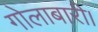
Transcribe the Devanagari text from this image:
गोलाबारी।